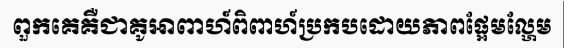
ពួកគេគឺជាគូអាពាហ៍ពិពាហ៍ប្រកបដោយភាពផ្អែមល្ហែម